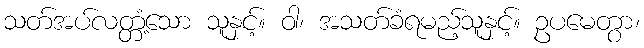
သတ်အပ်လတ္တံ့သော သူနှင့်။ ဝါ၊ အသတ်ခံရမည့်သူနှင့်။ ဥပမေတွာ၊